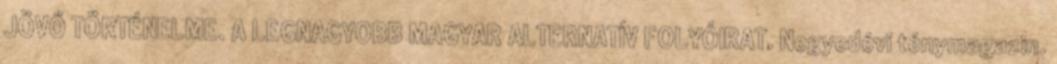
JÖVŐ TÖRTÉNELME. A LEGNAGYOBB MAGYAR ALTERNATÍV FOLYÓIRAT. Negyedévi ténymagazin.